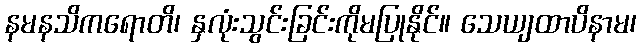
နမနသိကရောတိ၊ နှလုံးသွင်းခြင်းကိုမပြုနိုင်။ သေယျထာပိနာမ၊